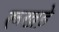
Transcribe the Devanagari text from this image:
रूखड़े